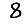
Digit: 8